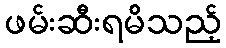
ဖမ်းဆီးရမိသည့်